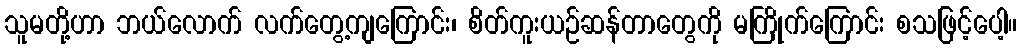
သူမတို့ဟာ ဘယ်လောက် လက်တွေ့ကျကြောင်း၊ စိတ်ကူးယဉ်ဆန်တာတွေကို မကြိုက်ကြောင်း စသဖြင့်ပေါ့။